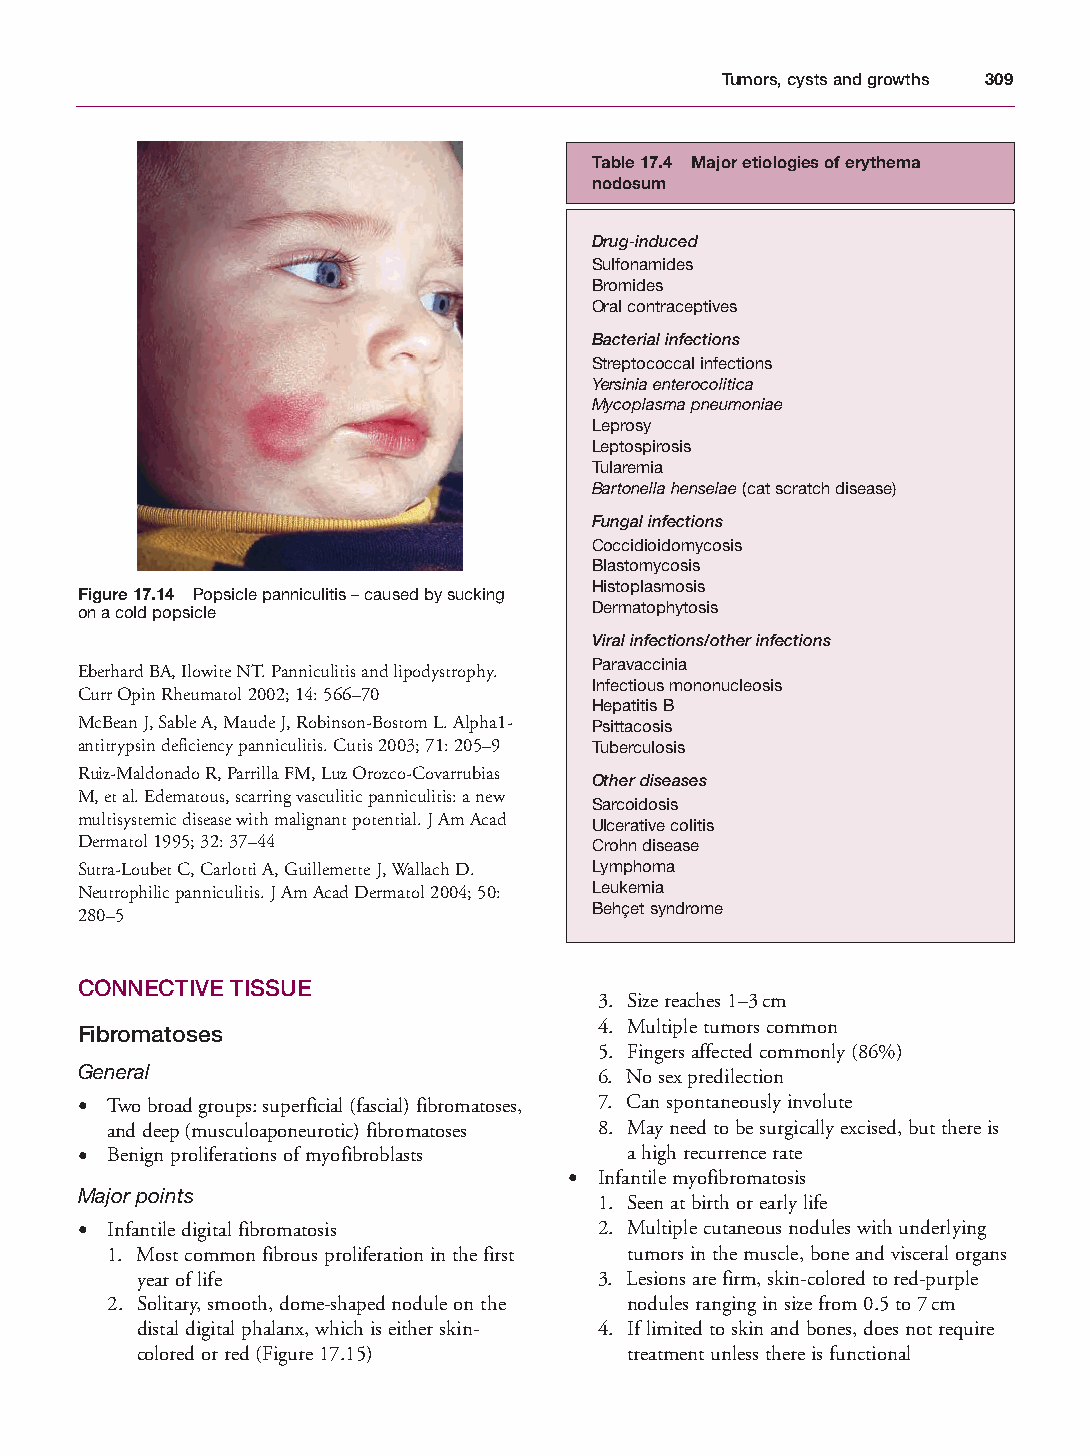
Mallory Chapter 17 27/1/05 2:54 pm Page 309
 Tumors, cysts and growths 309
 Table 17.4 Major etiologies of erythema
 nodosum
 Drug-induced
 Sulfonamides
 Bromides
 Oral contraceptives
 Bacterial infections
 Streptococcal infections
 Yersinia enterocolitica
 Mycoplasma pneumoniae
 Leprosy
 Leptospirosis
 Tularemia
 Bartonella henselae(cat scratch disease)
 Fungal infections
 Coccidioidomycosis
 Blastomycosis
 Histoplasmosis
 Figure 17.14 Popsicle panniculitis – caused by sucking
 on a cold popsicle                Dermatophytosis
 Viral infections/other infections
 Paravaccinia
 Eberhard BA, Ilowite NT. Panniculitis and lipodystrophy.
 Infectious mononucleosis
 Curr Opin Rheumatol 2002; 14: 566–70
 Hepatitis B
 McBean J, Sable A, Maude J, Robinson-Bostom L. Alpha1- Psittacosis
 antitrypsin deficiency panniculitis. Cutis 2003; 71: 205–9 Tuberculosis
 Ruiz-Maldonado R, Parrilla FM, Luz Orozco-Covarrubias
 Other diseases
 M, et al. Edematous, scarring vasculitic panniculitis: a new
 Sarcoidosis
 multisystemic disease with malignant potential. J Am Acad
 Ulcerative colitis
 Dermatol 1995; 32: 37–44          Crohn disease
 Sutra-Loubet C, Carlotti A, Guillemette J, Wallach D. Lymphoma
 Neutrophilic panniculitis. J Am Acad Dermatol 2004; 50: Leukemia
 Behçet syndrome
 280–5
 CONNECTIVE TISSUE
 3. Size reaches 1–3cm
 Fibromatoses                       4. Multiple tumors common
 5. Fingers affected commonly (86%)
 General                            6. No sex predilection
 • Two broad groups: superficial (fascial) fibromatoses, 7. Can spontaneously involute
 and deep (musculoaponeurotic) fibromatoses 8. May need to be surgically excised, but there is
 • Benign proliferations of myofibroblasts a high recurrence rate
 • Infantile myofibromatosis
 Major points
 1. Seen at birth or early life
 • Infantile digital fibromatosis   2. Multiple cutaneous nodules with underlying
 1. Most common fibrous proliferation in the first tumors in the muscle, bone and visceral organs
 year of life                   3. Lesions are firm, skin-colored to red-purple
 2. Solitary, smooth, dome-shaped nodule on the nodules ranging in size from 0.5 to 7cm
 distal digital phalanx, which is either skin- 4. If limited to skin and bones, does not require
 colored or red (Figure 17.15)   treatment unless there is functional